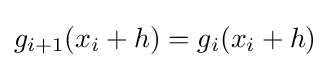
g_{i+1}(x_{i}+h)=g_{i}(x_{i}+h)